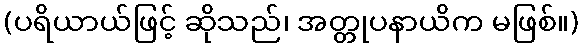
(ပရိယာယ်ဖြင့် ဆိုသည်၊ အတ္တုပနာယိက မဖြစ်။)